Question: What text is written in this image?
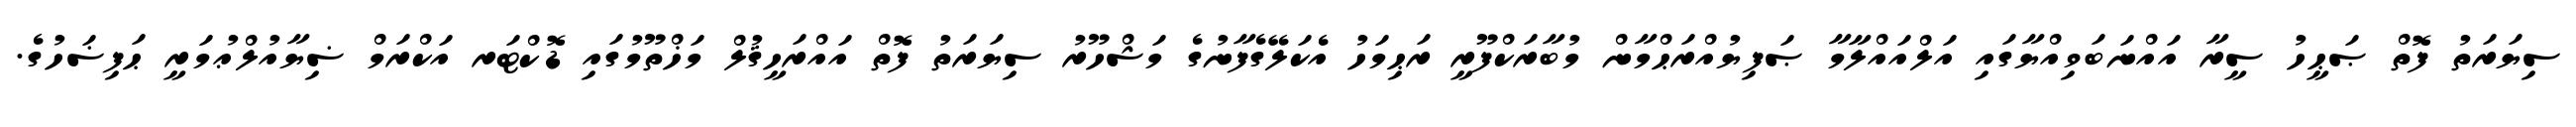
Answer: ސިޔަރަތު ފޮތް ޞަޙީހު ސީރާ އައްނަބަވިއްޔާގައި އަލްއައްލާމާ ޞަފިޔުއްރަޙްމާން މުބާރަކްފޫރީ ރަޙިމަހު އެކަލޭގެފާނުގެ މަޝްހޫރު ސިޔަރަތު ފޮތް އައްރަހީޤުލް މަޚްތޫމުގައި ޑޮކްޓަރ އަކްރަމް ޟިޔާއުލްޢުމަރީ ޙަފިޟަހުގެ.